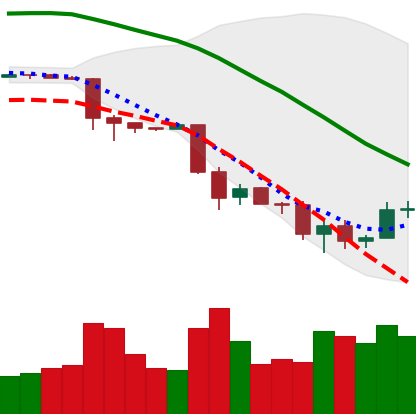
Ticker: BTC-USD
Chart end date: 2018-11-29
Forward return: -7.524%
Label: down_7plus